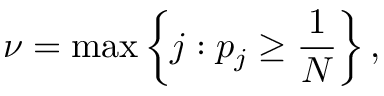
\nu = \operatorname* { m a x } \left\{ j : p _ { j } \ge \frac { 1 } { N } \right\} ,